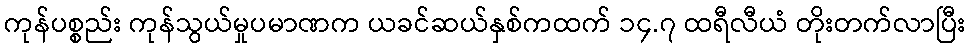
ကုန်ပစ္စည်း ကုန်သွယ်မှုပမာဏက ယခင်ဆယ်နှစ်ကထက် ၁၄.၇ ထရီလီယံ တိုးတက်လာပြီး